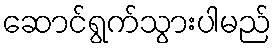
ဆောင်ရွက်သွားပါမည်